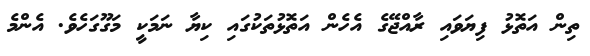
ތިން އަތޮޅު ފިޔަވައި ރާއްޖޭގެ އެހެން އަތޮޅުތަކުގައި ކިޔާ ނަމަކީ މަގޫގަހެވެ. އެންމެ